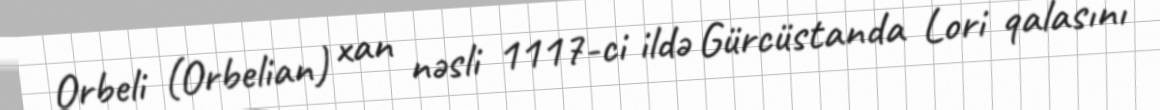
Orbeli (Orbelian) xan nəsli 1117-ci ildə Gürcüstanda Lori qalasını